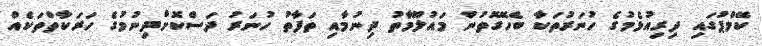
ކޭމްޕުގައި ދިރިއުޅެމުގެ ހުނަރުތަކާ ބެހޭގޮތުން މައުލޫމާތު ދިނުމާއި ތަފާތު ހުނަރު ދަސްކޮށްދިނުމުގެ ހަރަކާތްތަކެއް